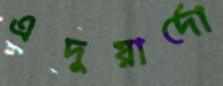
এদুয়ার্দো